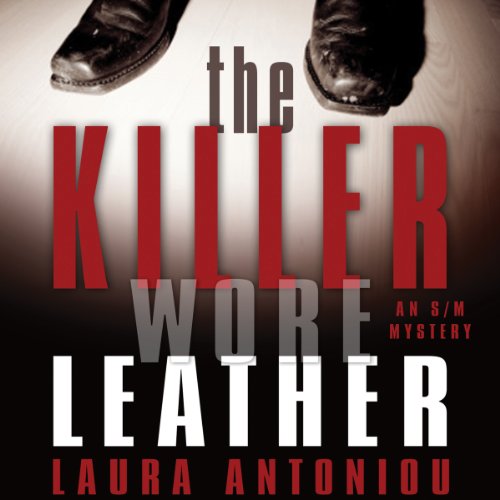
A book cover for The Killer Wore Leather: A Mystery; Laura Antoniou; Romance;